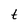
Character: t